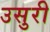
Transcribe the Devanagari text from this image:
उसुरी